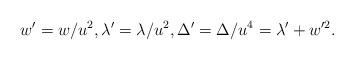
LaTeX: \begin{align*} w'=w/u^2,\lambda'=\lambda/u^2,\Delta'=\Delta/u^4=\lambda'+w'^2.\end{align*}